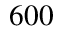
6 0 0